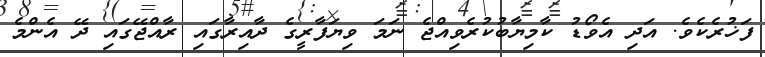
ފަޚުރެކެވެ. އަދި އެވޯޑު ކާމިޔާބުކުރެވިއްޖެ ނަމަ ވިޔަފާރީގެ ދާއިރާގައި ރާއްޖޭގައި ދޭ އެންމެ